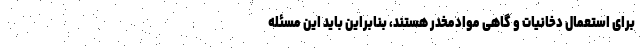
برای استعمال دخانیات و گاهی موادمخدر هستند، بنابراین باید این مسئله